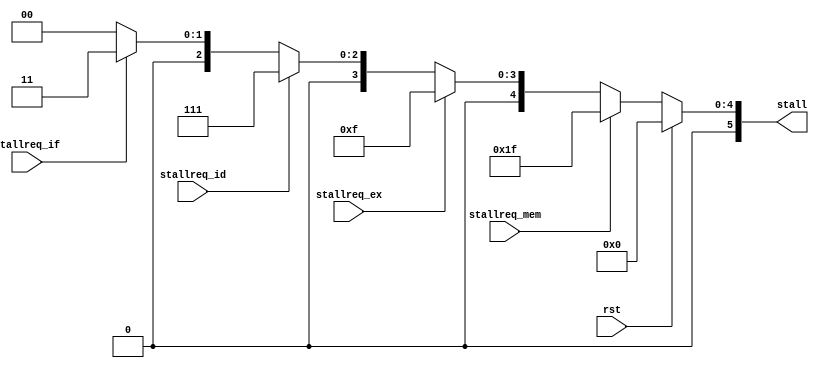
module ctrl (
	input  wire       rst         ,
	input  wire       stallreq_if ,
	input  wire       stallreq_id ,
	input  wire       stallreq_ex ,
	input  wire       stallreq_mem,
	output reg  [5:0] stall
);

// stall[0] PC
// stall[1] IF
// stall[2] ID
// stall[3] EX
// stall[4] MEM
// stall[5] WB

	always @ (*) begin
		if(rst) begin
			stall <= 6'b000000;
		end else if (stallreq_mem) begin
			stall <= 6'b011111;
		end else if (stallreq_ex) begin
			stall <= 6'b001111;
		end else if (stallreq_id) begin
			stall <= 6'b000111;
		end else if (stallreq_if) begin
			stall <= 6'b000011;
		end else begin
			stall <= 6'b000000;
		end
	end // always @ (*)

endmodule